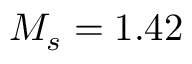
M _ { s } = 1 . 4 2